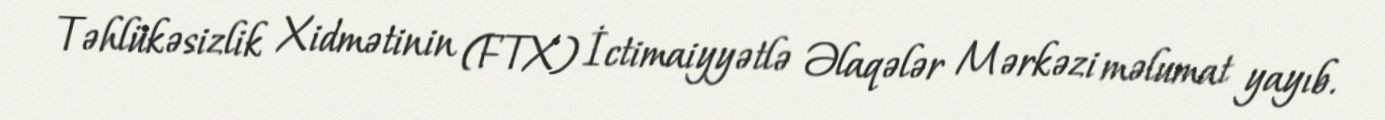
Təhlükəsizlik Xidmətinin (FTX) İctimaiyyətlə Əlaqələr Mərkəzi məlumat yayıb.